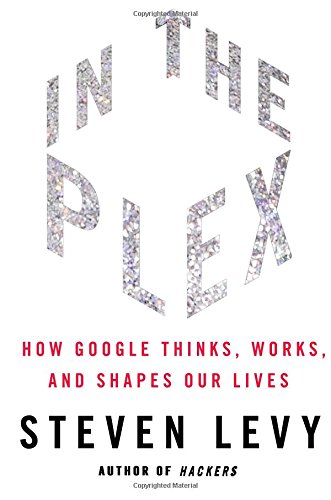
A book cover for In The Plex: How Google Thinks, Works, and Shapes Our Lives; Steven Levy; Computers & Technology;